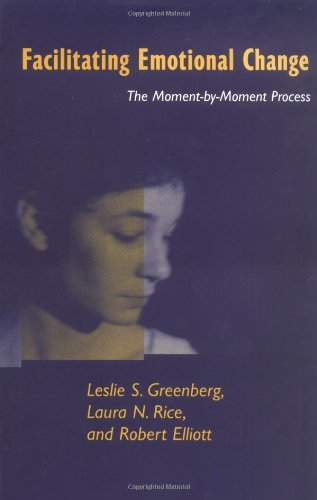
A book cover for Facilitating Emotional Change: The Moment-by-Moment Process; Leslie S. Greenberg PhD; Christian Books & Bibles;